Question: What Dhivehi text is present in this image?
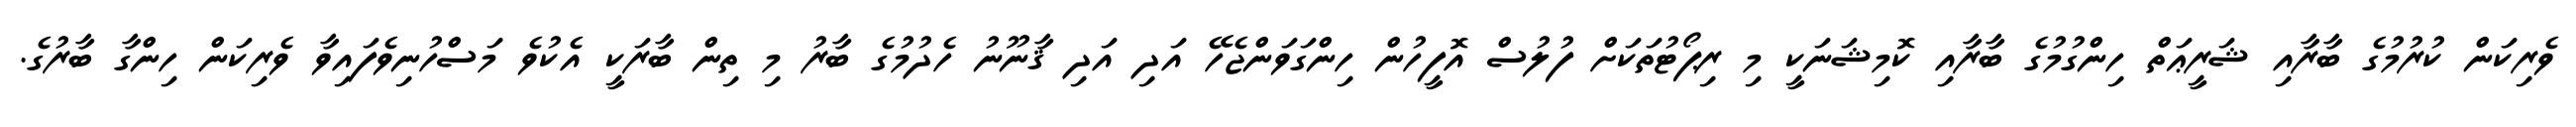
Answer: ވެރިކަން ކުރުމުގެ ބާރާއި ޝަރީޢަތް ހިންގުމުގެ ބާރާއި ކޮމިޝަނަކީ މި ރިޕޯޓުތަކަށް ފުލުސް އޮފީހުން ހިންގަވަންޖެހޭ އަދި އަދި ޤާނޫނު ހެދުމުގެ ބާރު މި ތިން ބާރަކީ އެކުވެ މަސްހުނިވެފައިވާ ވެރިކަން ހިންގާ ބާރުގެ.